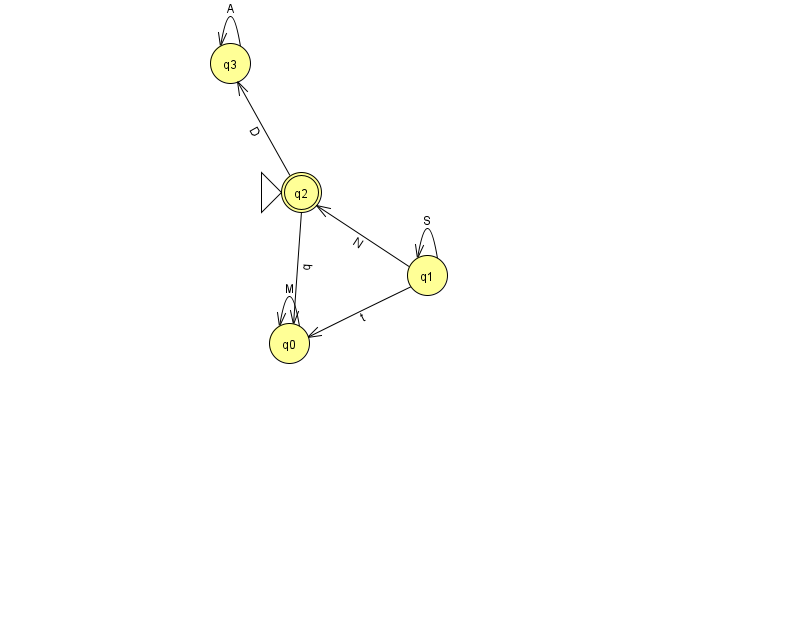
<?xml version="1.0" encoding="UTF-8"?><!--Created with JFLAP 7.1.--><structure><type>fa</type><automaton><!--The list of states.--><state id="0" name="q0"><x>289.0</x><y>330.0</y></state><state id="1" name="q1"><x>427.0</x><y>262.0</y></state><state id="2" name="q2"><x>301.0</x><y>179.0</y><initial/><final/></state><state id="3" name="q3"><x>230.0</x><y>50.0</y></state><!--The list of transitions.--><transition><from>3</from><to>3</to><read>A</read></transition><transition><from>1</from><to>0</to><read>t</read></transition><transition><from>2</from><to>0</to><read>q</read></transition><transition><from>1</from><to>1</to><read>S</read></transition><transition><from>2</from><to>3</to><read>D</read></transition><transition><from>1</from><to>2</to><read>N</read></transition><transition><from>0</from><to>0</to><read>M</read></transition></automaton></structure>